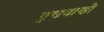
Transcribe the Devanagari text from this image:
गुणवाणी